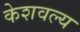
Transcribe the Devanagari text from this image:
केशवल्य